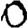
Digit: 0